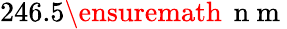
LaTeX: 246.5\ensuremath{\, \mathrm{~n~m~}}